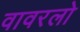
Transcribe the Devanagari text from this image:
वावरलो